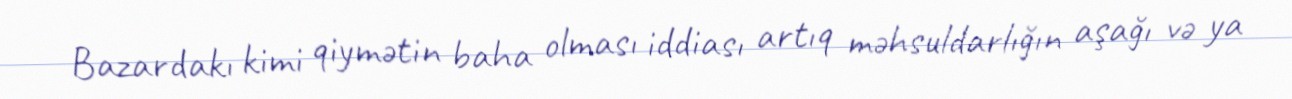
Bazardakı kimi qiymətin baha olması iddiası artıq məhsuldarlığın aşağı və ya